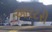
આરટરી